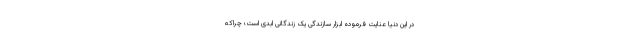
در این دنیا عنایت فرموده ابزار سازندگی یک زندگانی ابدی است؛ چراکه